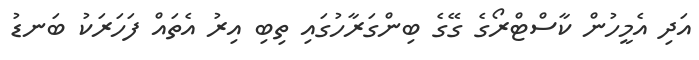
އަދި އެމީހުން ކާސްޓްރޯގެ ގޭގެ ބިންގަރާހުގައި ތިބި އިރު އެތައް ފަހަރަކު ބަނޑު